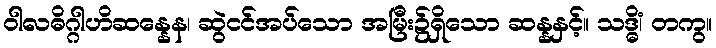
ဝါလဓိဂ္ဂါဟိဆန္နေန၊ ဆွဲငင်အပ်သော အမြီး၌ရှိသော ဆန္နနှင့်။ သဒ္ဓိံ၊ တကွ။